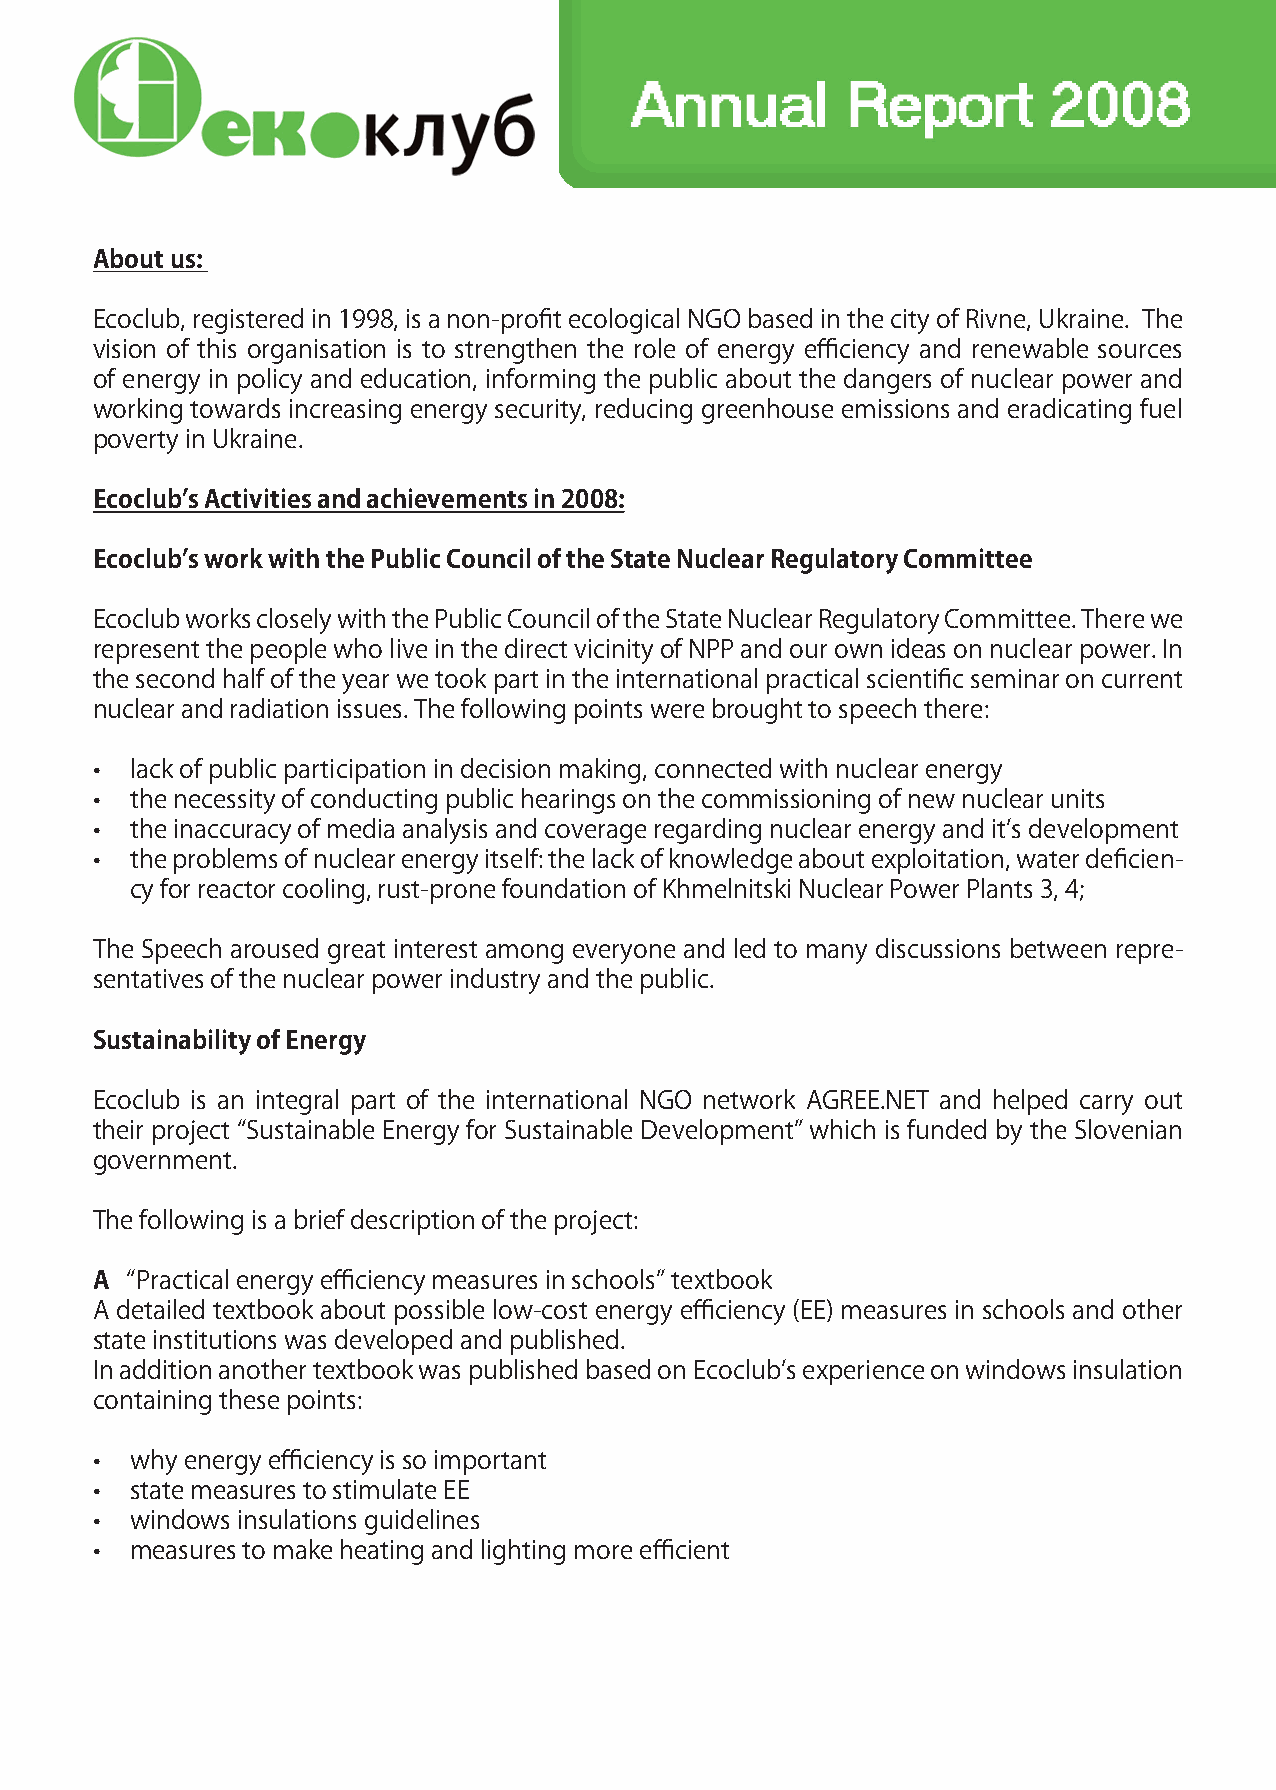
About us:
 Ecoclub, registered in 1998, is a non-profit ecological NGO based in the city of Rivne, Ukraine. The
 vision of this organisation is to strengthen the role of energy efficiency and renewable sources
 of energy in policy and education, informing the public about the dangers of nuclear power and
 working towards increasing energy security, reducing greenhouse emissions and eradicating fuel
 poverty in Ukraine.
 Ecoclub’s Activities and achievements in 2008:
 Ecoclub’s work with the Public Council of the State Nuclear Regulatory Committee
 Ecoclub works closely with the Public Council of the State Nuclear Regulatory Committee. There we
 represent the people who live in the direct vicinity of NPP and our own ideas on nuclear power. In
 the second half of the year we took part in the international practical scientific seminar on current
 nuclear and radiation issues. The following points were brought to speech there:
 •  lack of public participation in decision making, connected with nuclear energy
 •  the necessity of conducting public hearings on the commissioning of new nuclear units
 •  the inaccuracy of media analysis and coverage regarding nuclear energy and it’s development
 •  the problems of nuclear energy itself: the lack of knowledge about exploitation, water deficien-
 cy for reactor cooling, rust-prone foundation of Khmelnitski Nuclear Power Plants 3, 4;
 The Speech aroused great interest among everyone and led to many discussions between repre-
 sentatives of the nuclear power industry and the public.
 Sustainability of Energy
 Ecoclub is an integral part of the international NGO network AGREE.NET and helped carry out
 their project “Sustainable Energy for Sustainable Development” which is funded by the Slovenian
 government.
 The following is a brief description of the project:
 A “Practical energy efficiency measures in schools” textbook
 A detailed textbook about possible low-cost energy efficiency (EE) measures in schools and other
 state institutions was developed and published.
 In addition another textbook was published based on Ecoclub’s experience on windows insulation
 containing these points:
 •  why energy efficiency is so important
 •  state measures to stimulate EE
 •  windows insulations guidelines
 •  measures to make heating and lighting more efficient